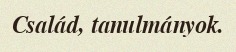
Család, tanulmányok.